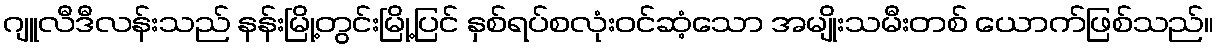
ဂျူလီဒီလန်းသည် နန်းမြို့တွင်းမြို့ပြင် နှစ်ရပ်စလုံးဝင်ဆံ့သော အမျိုးသမီးတစ် ယောက်ဖြစ်သည်။